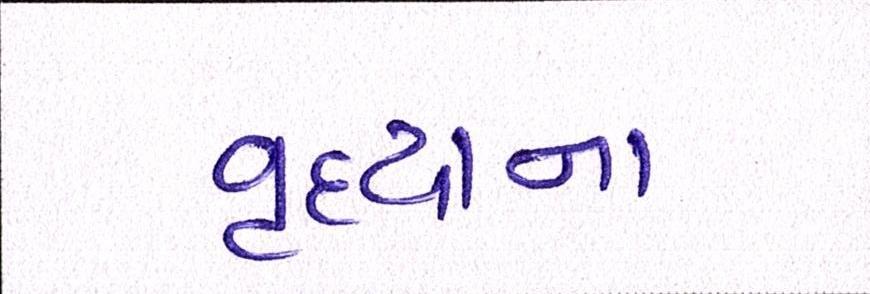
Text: વૃદ્ધાના